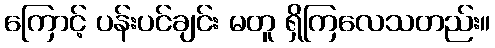
ကြောင့် ပန်းပင်ချင်း မတူ ရှိကြလေသတည်း။